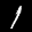
Label: 1